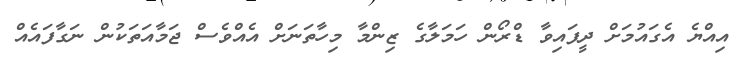
އިއްޔެ އެގައުމަށް ދީފައިވާ ޑްރޯން ހަމަލާގެ ޒިންމާ މިހާތަނަށް އެއްވެސް ޖަމާއަތަކުން ނަގާފައެއް